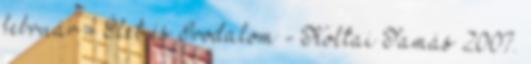
február - Élet és Irodalom - Koltai Tamás 2007.